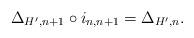
LaTeX: \begin{align*} \Delta_{H',n+1}\circ i_{n,n+1}=\Delta_{H',n}. \end{align*}